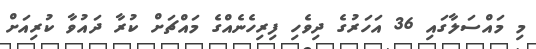
މި މައްސަލާގައި 36 އަހަރުގެ ދިވެހި ފިރިހެނެއްގެ މައްޗަށް ކުރާ ދައުވާ ކުރިއަށް